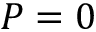
P = 0